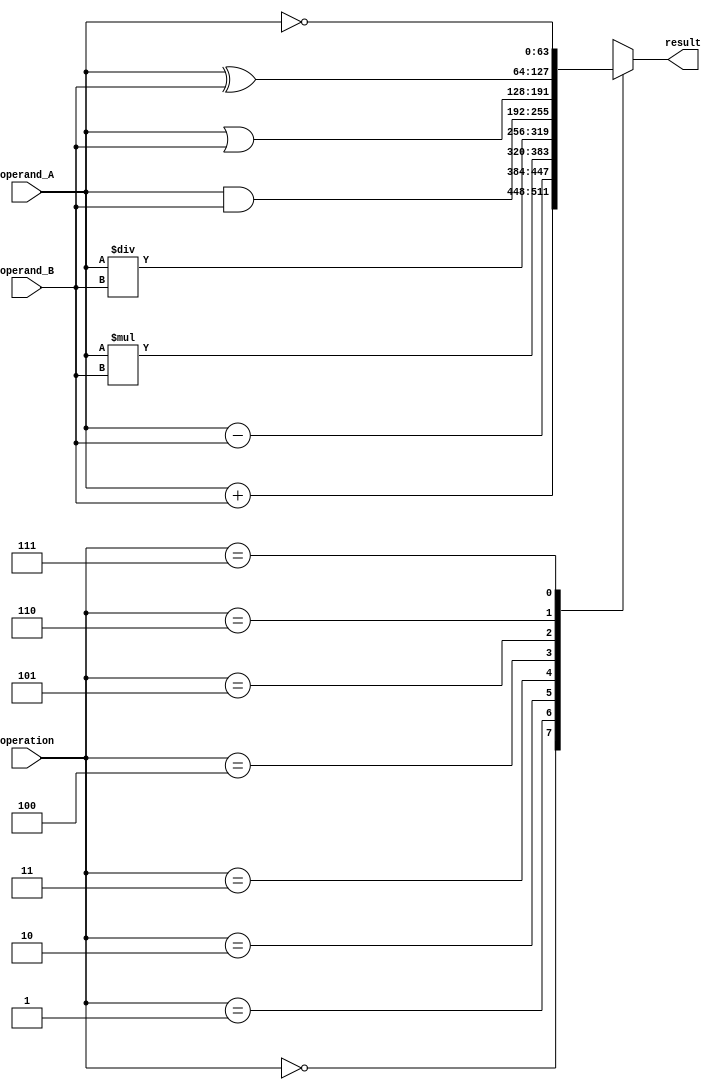
module ALU_64bit(
    input [63:0] operand_A,
    input [63:0] operand_B,
    input [2:0] operation,
    output reg [63:0] result
);

always @(*)
begin
    case(operation)
        3'b000: result = operand_A + operand_B; // Addition
        3'b001: result = operand_A - operand_B; // Subtraction
        3'b010: result = operand_A * operand_B; // Multiplication
        3'b011: result = operand_A / operand_B; // Division
        3'b100: result = operand_A & operand_B; // Bitwise AND
        3'b101: result = operand_A | operand_B; // Bitwise OR
        3'b110: result = operand_A ^ operand_B; // Bitwise XOR
        3'b111: result = ~operand_A; // Bitwise NOT
    endcase
end

endmodule